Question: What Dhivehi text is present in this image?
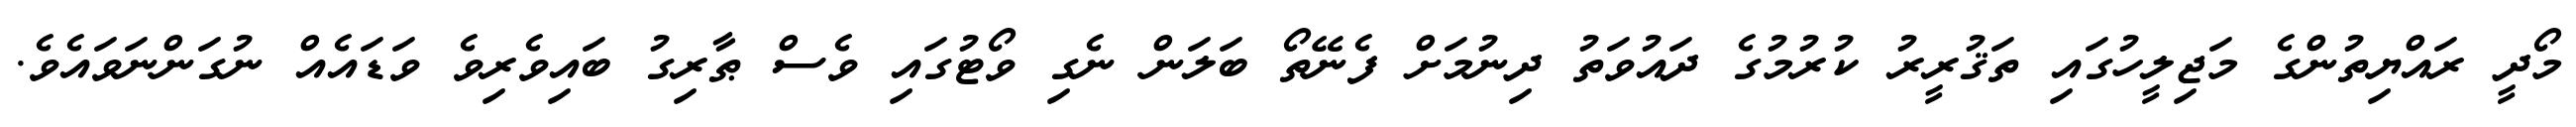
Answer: މޯދީ ރައްޔިތުންގެ މަޖިލީހުގައި ތަޤުރީރު ކުރުމުގެ ދައުވަތު ދިނުމަށް ފެނޭތޯ ބަލަން ނެގި ވޯޓުގައި ވެސް ޠާރިގު ބައިވެރިވެ ވަޑައެއް ނުގަންނަވައެވެ.